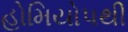
હોમિયોપથી